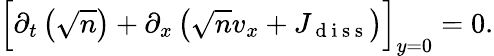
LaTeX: \begin{array}{r}{\Big[\partial_{t}\left(\sqrt{n}\right)+\partial_{x}\left(\sqrt{n}v_{x}+J_{\mathrm{~d~i~s~s~}}\right)\Big]_{y=0}=0.}\end{array}